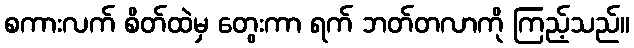
စကားလက် စိတ်ထဲမှ တွေးကာ ရက် ဘတ်တလာကို ကြည့်သည်။